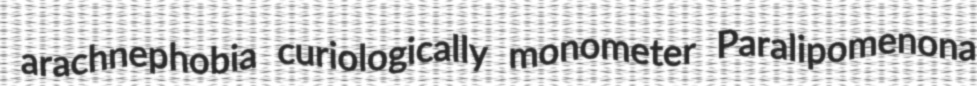
arachnephobia curiologically monometer Paralipomenona